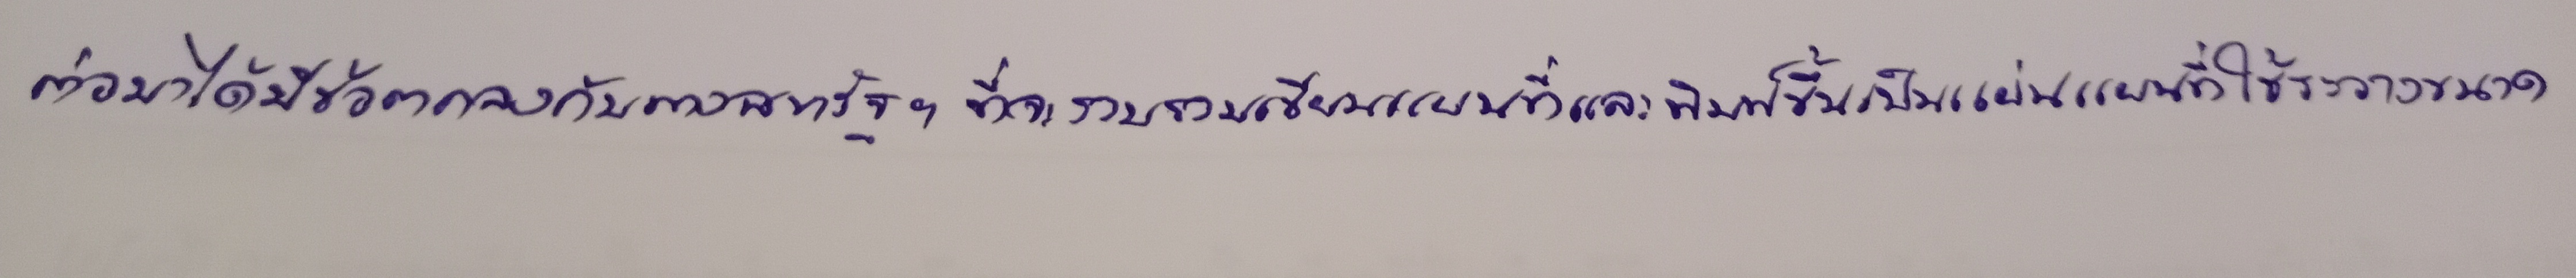
ต่อมาได้มีข้อตกลงกับทางสหรัฐฯที่จะรวบรวมเขียนแผนที่และพิมพ์ขึ้นเป็นแผ่นแผนที่ใช้ระวางขนาด